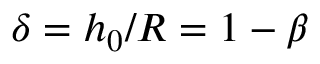
\delta = h _ { 0 } / R = 1 - \beta